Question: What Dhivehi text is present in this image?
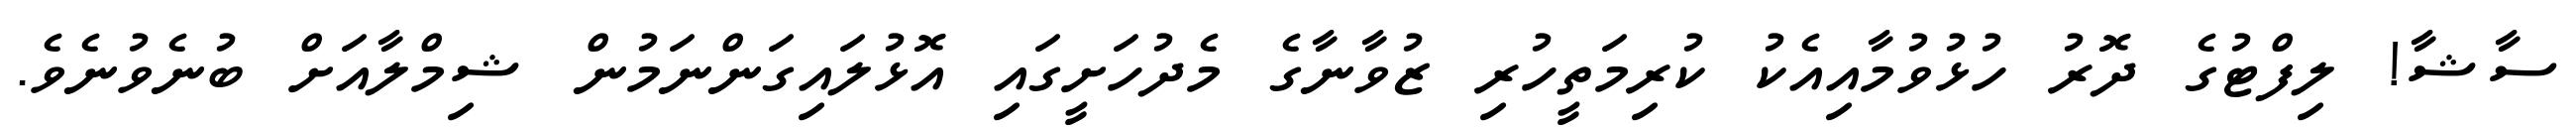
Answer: ސާޝާ! ލިފްޓުގެ ދޮރު ހުޅުވުމާއިއެކު ކުރިމަތީހުރި ޒުވާނާގެ މެދުހަށީގައި އޮޅުލައިގަންނަމުން ޝިމްލާއަށް ބުނެވުނެވެ.